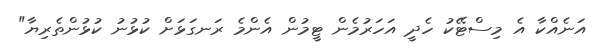
އަނެއްކާ އެ މިސްޓޭކު ހެދީ އަހަރުމެން ޓީމުން އެންމެ ރަނގަޅަށް ކުޅުނު ކުޅުންތެރިޔާ"